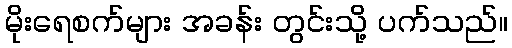
မိုးရေစက်များ အခန်း တွင်းသို့ ပက်သည်။